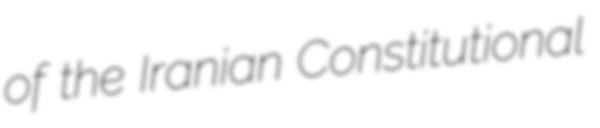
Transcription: of the Iranian Constitutional